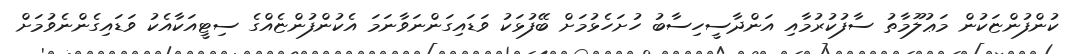
ކުންފުންޏަކުން މަޢުލޫމާތު ސާފުކުރުމާއި އަންދާސީހިސާބު ހުށަހެޅުމަށް ބޭފުޅަކު ވަޑައިގަންނަވާނަމަ އެކުންފުންޏެއްގެ ސިޓީއަކާއެކު ވަޑައިގެންނެވުމަށް